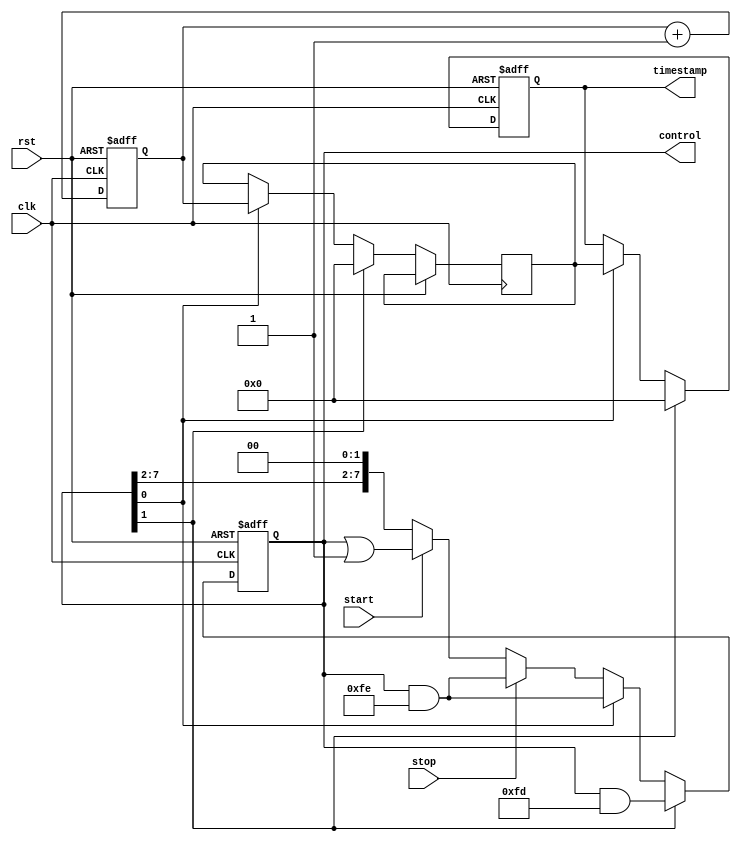
module time_stamping_timer (
    input wire clk,
    input wire rst,
    input wire start,
    input wire stop,
    output reg [63:0] timestamp,
    output reg [7:0] control
);

reg [63:0] counter;
reg [63:0] synced_counter;

always @(posedge clk or posedge rst) begin
    if (rst) begin
        counter <= 64'h0;
        timestamp <= 64'h0;
        control <= 8'h0;
    end else begin
        counter <= counter + 1;
        
        if (start) begin
            control <= control | 8'h1;
        end
        
        if (stop) begin
            control <= control & 8'hfe;
        end
        
        if (control[0]) begin
            synced_counter <= counter;
            timestamp <= synced_counter;
            control <= control & 8'hfe;
        end
        
        if (control[1]) begin
            synced_counter <= 64'h0;
            timestamp <= 64'h0;
            control <= control & 8'hfd;
        end
    end
end

endmodule